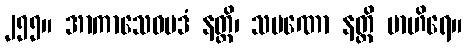
၂၅၅။ အာကာသေဝပဒံ နတ္ထိ၊ သမဏော နတ္ထိ ဗာဟိရေ။